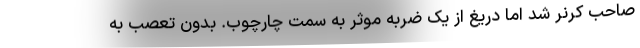
صاحب کرنر شد اما دریغ از یک ضربه موثر به سمت چارچوب. بدون تعصب به